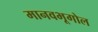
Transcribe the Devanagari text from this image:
मानवभूगोल